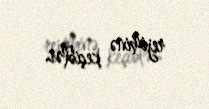
rejiminə keçiblər.